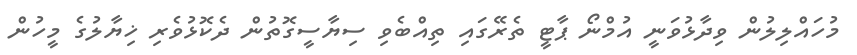
މުހައްލިލުން ވިދާޅުވަނީ އުމްނޯ ޕާޓީ ތެރޭގައި ތިއްބެވި ސިޔާސީގޮތުން ދެކޮޅުވެރި ޚިޔާލުގެ މީހުން